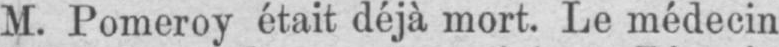
M. Pomeroy était déjà mort. Le médecin